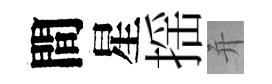
間星揺并